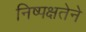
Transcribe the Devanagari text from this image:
निष्पक्षतेने